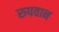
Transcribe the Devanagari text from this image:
रुपवान